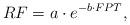
LaTeX: \begin{align*}RF=a \cdot e^{-b \cdot FPT},\end{align*}